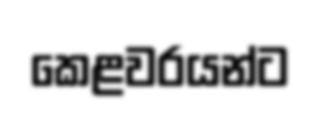
කෙළවරයන්ට